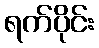
ရက်ပိုင်း